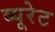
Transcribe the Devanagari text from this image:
व्यूरेट